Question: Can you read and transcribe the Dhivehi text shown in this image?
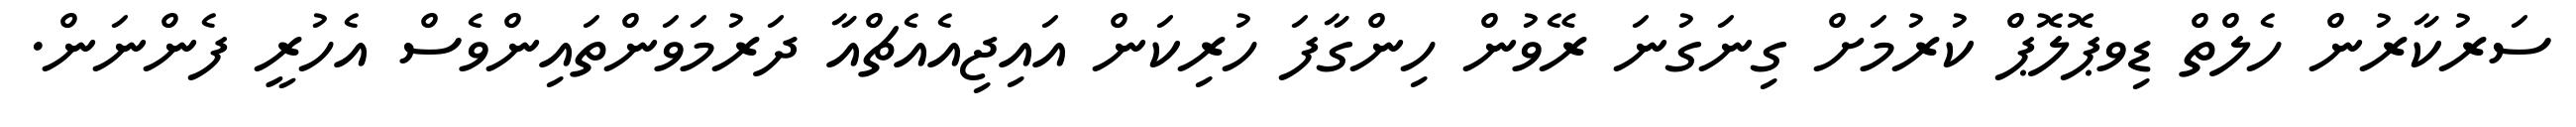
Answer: ސަރުކާރުން ހެލްތް ޑިވޕޮލޮޕް ކުރުމަށް ގިނަގުނަ ރޭވުން ހިންގާފަ ހުރިކަން އައިޖިއެއެޗްއާ ދަރުމަވަންތައިންވެސް އެހުރީ ފެންނަން.